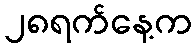
၂၈ရက်နေ့က